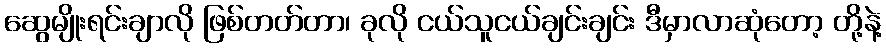
ဆွေမျိုးရင်းချာလို ဖြစ်တတ်တာ၊ ခုလို ငယ်သူငယ်ချင်းချင်း ဒီမှာလာဆုံတော့ တို့နဲ့